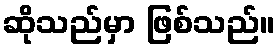
ဆိုသည်မှာ ဖြစ်သည်။